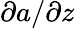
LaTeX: \partial a/\partial z